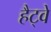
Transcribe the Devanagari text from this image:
हैट्वे